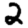
Digit: 2